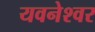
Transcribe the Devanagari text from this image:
यवनेश्वर